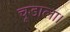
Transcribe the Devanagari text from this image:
चूडाला।